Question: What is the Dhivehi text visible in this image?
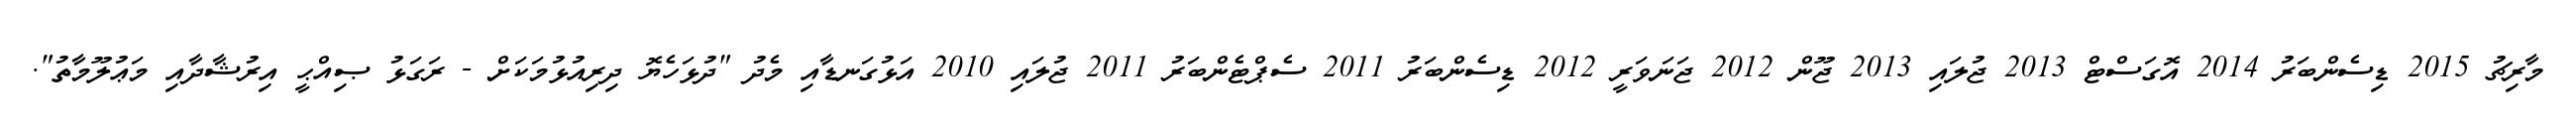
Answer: މާރިޗު 2015 ޑިސެންބަރު 2014 އޮގަސްޓް 2013 ޖުލައި 2013 ޖޫން 2012 ޖަނަވަރީ 2012 ޑިސެންބަރު 2011 ސެޕްޓެންބަރު 2011 ޖުލައި 2010 އަޅުގަނޑާއި މެދު "ދުޅަހެޔޮ ދިރިއުޅުމަކަށް - ރަގަޅު ޞިއްޙީ އިރުޝާދާއި މަޢުލޫމާތު".